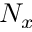
N _ { x }